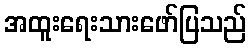
အထူးရေးသားဖော်ပြသည်